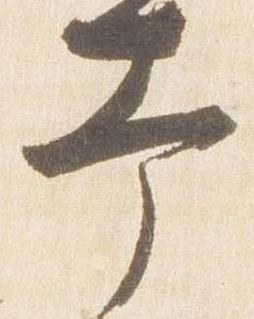
幸